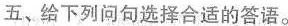
五、给下列问句选择合适的答语。